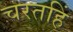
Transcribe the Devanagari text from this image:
चरतहिं